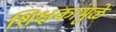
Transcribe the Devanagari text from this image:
शिक्षकांमुळे